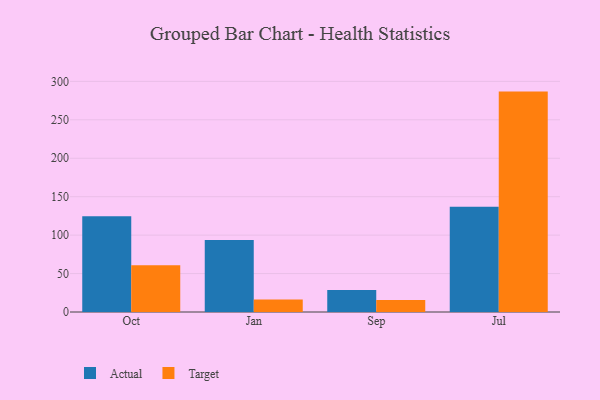
{"axis": {"x": "Month", "y": "Population (Million)"}, "legend": ["Actual", "Target"], "data": [{"x": "Oct", "y": 124.5, "type": "Actual"}, {"x": "Oct", "y": 60.7, "type": "Target"}, {"x": "Jan", "y": 93.7, "type": "Actual"}, {"x": "Jan", "y": 16.1, "type": "Target"}, {"x": "Sep", "y": 28.7, "type": "Actual"}, {"x": "Sep", "y": 15.7, "type": "Target"}, {"x": "Jul", "y": 136.9, "type": "Actual"}, {"x": "Jul", "y": 286.7, "type": "Target"}]}